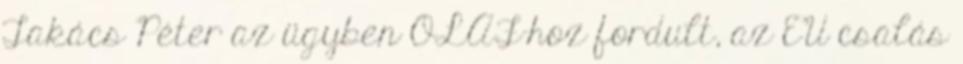
Takács Péter az ügyben OLAF-hoz fordult, az EU csalás